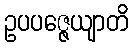
ဥပပဇ္ဇေယျာတိ